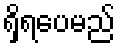
ရှိရပေမည်